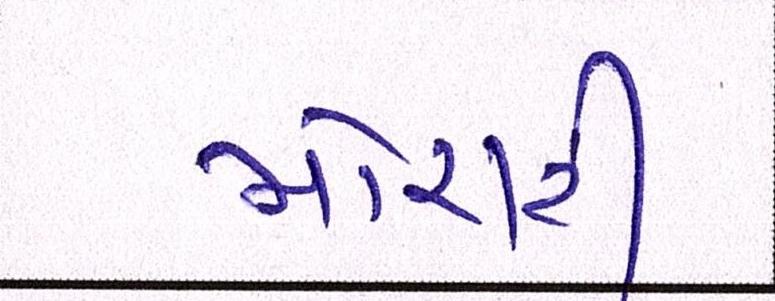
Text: મોરારી